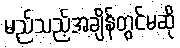
မည်သည့်အချိန်တွင်မဆို